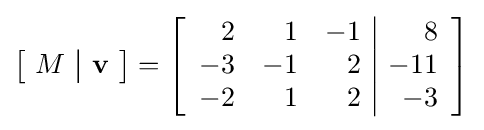
\left[\!{\begin{array}{c|c}M&\mathbf {v} \end{array}}\!\right]=\left[{\begin{array}{rrr|r}2&1&-1&8\\-3&-1&2&-11\\-2&1&2&-3\end{array}}\right]